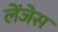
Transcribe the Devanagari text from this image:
लेंजेस